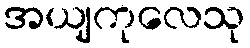
အယျကုလေသု